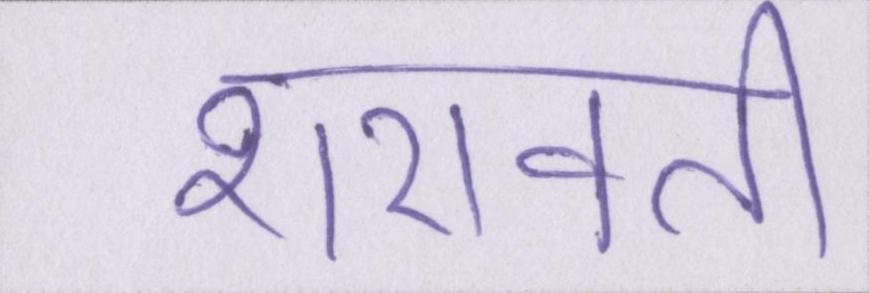
शरावती